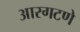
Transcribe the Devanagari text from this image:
आरगटणे